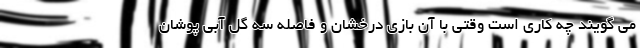
می گویند چه کاری است وقتی با آن بازی درخشان و فاصله سه گل آبی پوشان